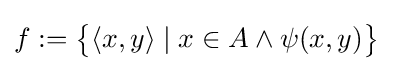
f:={\big \{}\langle x,y\rangle \mid x\in A\land \psi (x,y){\big \}}